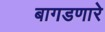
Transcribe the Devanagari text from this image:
बागडणारे